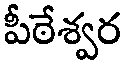
పీఠేశ్వర